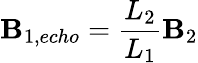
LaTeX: \mathbf{B}_{1,echo}=\frac{{L_{2}}}{{L_{1}}}\mathbf{B}_{2}